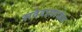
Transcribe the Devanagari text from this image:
संवेदामार्फत